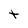
Character: t